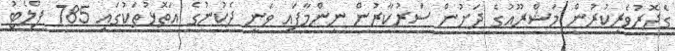
ގެދޮރުވެރިކުރުން މަޝްރޫއުގެ ދަށުން ސަރުކާރުން ނިންމާފައި ވަނީ ދެކުނުގެ އަތޮޅުތަކުގައި 785 ފްލެޓު